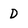
Character: D